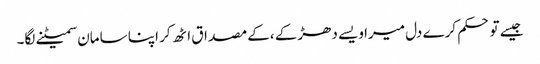
جیسے تو حکم کرے دل میرا ویسے دھڑکے ،کے مصداق اٹھ کر اپنا سامان سمیٹنے لگا۔